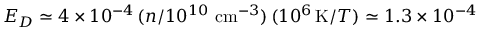
{ \cal E } _ { D } \simeq 4 \times 1 0 ^ { - 4 } \, ( n / 1 0 ^ { 1 0 } ~ \mathrm { c m } ^ { - 3 } ) \, ( 1 0 ^ { 6 } \, \mathrm { K } / T ) \simeq 1 . 3 \times 1 0 ^ { - 4 }